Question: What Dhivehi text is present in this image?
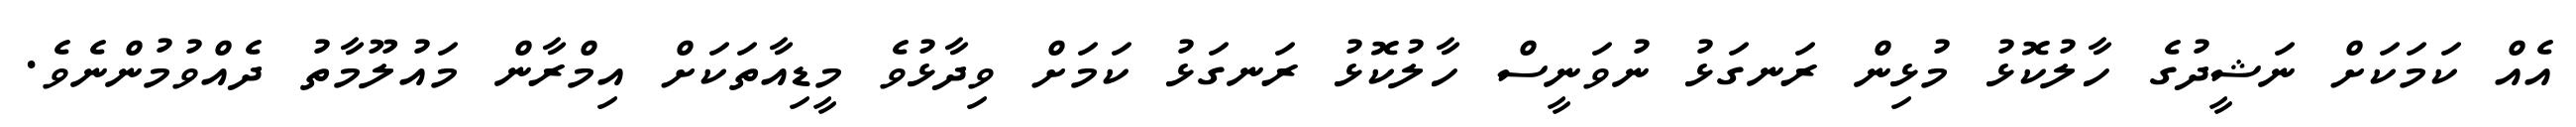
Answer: އެއް ކަމަކަށް ނަޝީދުގެ ހާލުކޮޅު މުޅިން ރަނގަޅު ނުވަނީސް ހާލުކޮޅު ރަނގަޅު ކަމަށް ވިދާޅުވެ މީޑިއާތަކަށް އިމްރާން މައުލޫމާތު ދެއްވުމުންނެވެ.